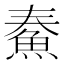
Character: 𩶓